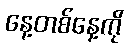
နေ့တစ်နေ့ကို